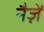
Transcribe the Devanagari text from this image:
नैज़ें